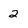
Character: 2